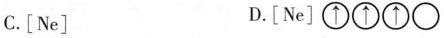
C.［Ne] D.［Ne］\bigcirc{\uparrow }\bigcirc{\uparrow }\bigcirc{\uparrow } \bigcirc